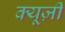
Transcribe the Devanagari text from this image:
क्यूज़ी